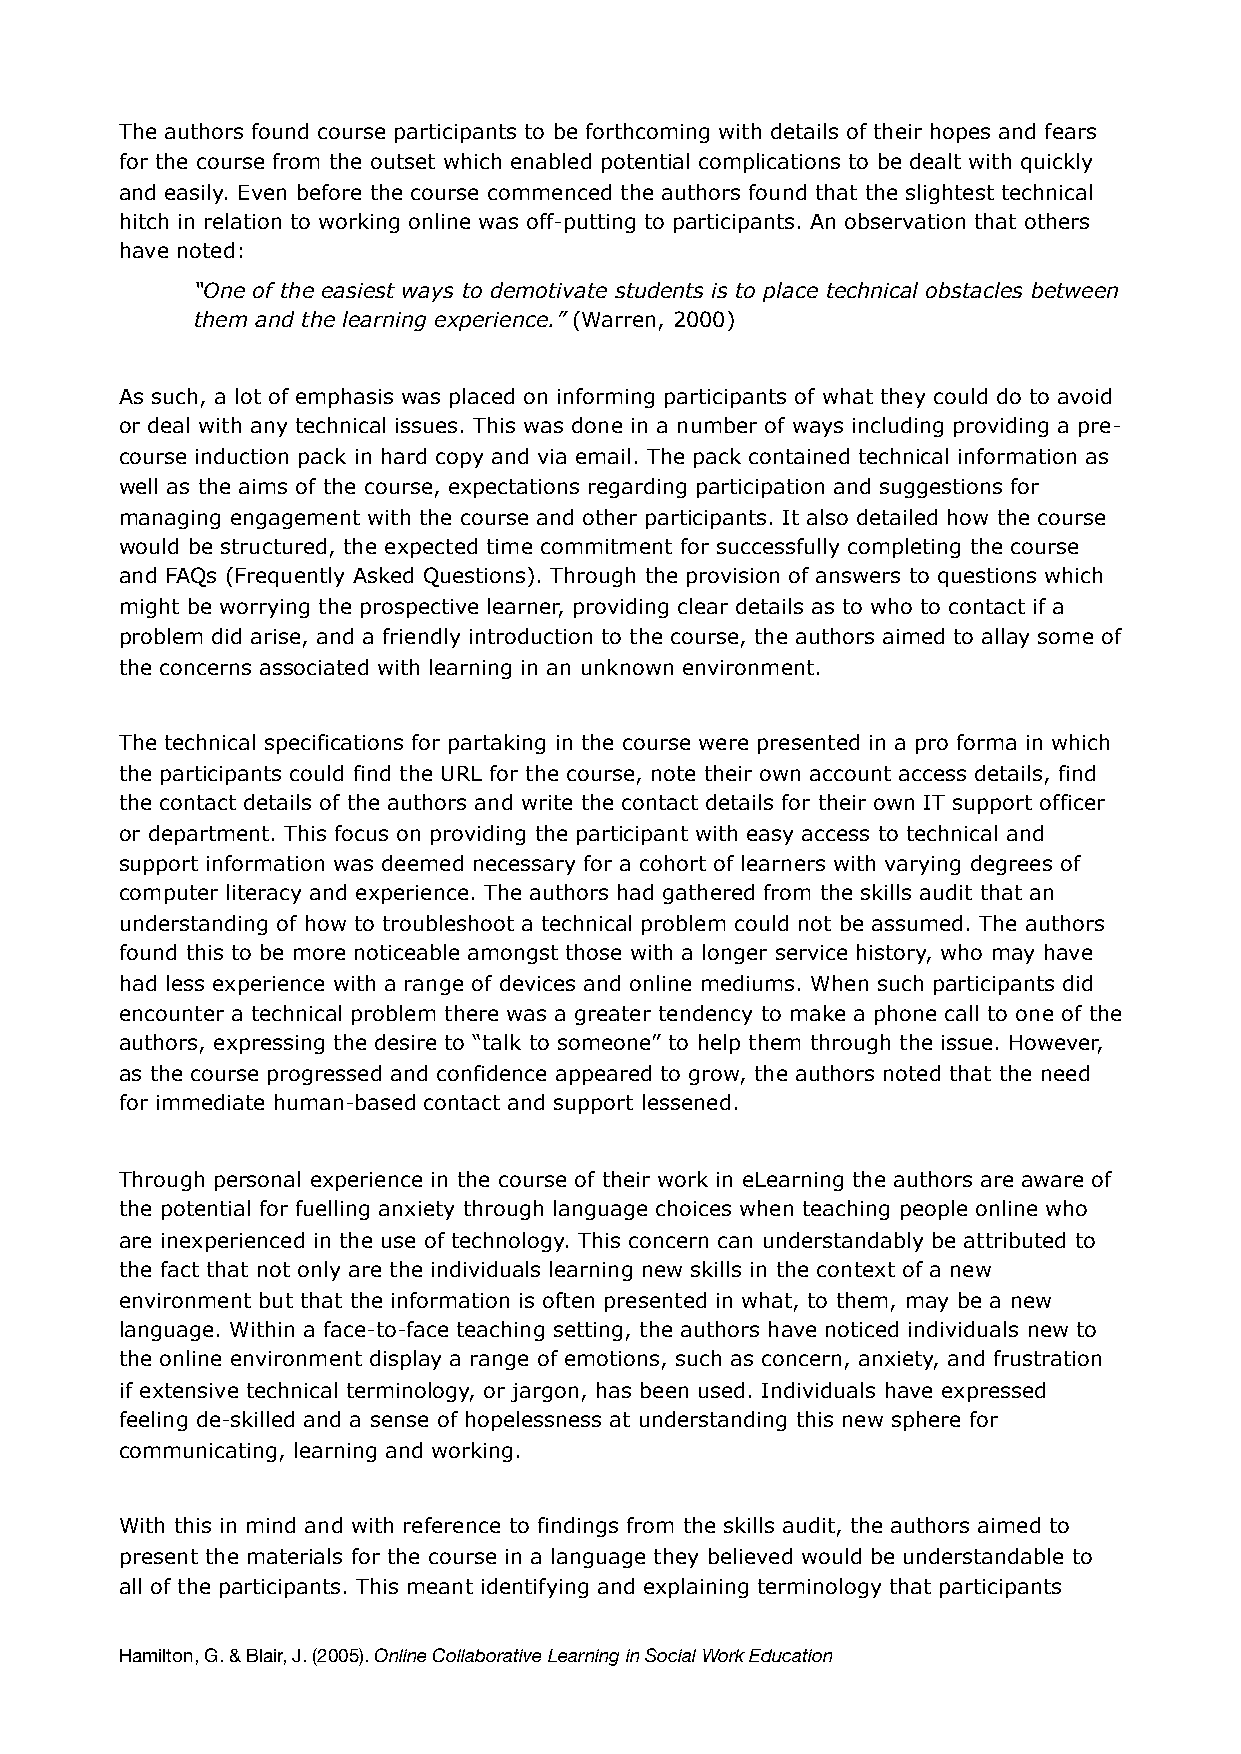
The authors found course participants to be forthcoming with details of their hopes and fears
 for the course from the outset which enabled potential complications to be dealt with quickly
 and easily. Even before the course commenced the authors found that the slightest technical
 hitch in relation to working online was off-putting to participants. An observation that others
 have noted:
 “One of the easiest ways to demotivate students is to place technical obstacles between
 them and the learning experience.” (Warren, 2000)
 As such, a lot of emphasis was placed on informing participants of what they could do to avoid
 or deal with any technical issues. This was done in a number of ways including providing a pre-
 course induction pack in hard copy and via email. The pack contained technical information as
 well as the aims of the course, expectations regarding participation and suggestions for
 managing engagement with the course and other participants. It also detailed how the course
 would be structured, the expected time commitment for successfully completing the course
 and FAQs (Frequently Asked Questions). Through the provision of answers to questions which
 might be worrying the prospective learner, providing clear details as to who to contact if a
 problem did arise, and a friendly introduction to the course, the authors aimed to allay some of
 the concerns associated with learning in an unknown environment.
 The technical specifications for partaking in the course were presented in a pro forma in which
 the participants could find the URL for the course, note their own account access details, find
 the contact details of the authors and write the contact details for their own IT support officer
 or department. This focus on providing the participant with easy access to technical and
 support information was deemed necessary for a cohort of learners with varying degrees of
 computer literacy and experience. The authors had gathered from the skills audit that an
 understanding of how to troubleshoot a technical problem could not be assumed. The authors
 found this to be more noticeable amongst those with a longer service history, who may have
 had less experience with a range of devices and online mediums. When such participants did
 encounter a technical problem there was a greater tendency to make a phone call to one of the
 authors, expressing the desire to “talk to someone” to help them through the issue. However,
 as the course progressed and confidence appeared to grow, the authors noted that the need
 for immediate human-based contact and support lessened.
 Through personal experience in the course of their work in eLearning the authors are aware of
 the potential for fuelling anxiety through language choices when teaching people online who
 are inexperienced in the use of technology. This concern can understandably be attributed to
 the fact that not only are the individuals learning new skills in the context of a new
 environment but that the information is often presented in what, to them, may be a new
 language. Within a face-to-face teaching setting, the authors have noticed individuals new to
 the online environment display a range of emotions, such as concern, anxiety, and frustration
 if extensive technical terminology, or jargon, has been used. Individuals have expressed
 feeling de-skilled and a sense of hopelessness at understanding this new sphere for
 communicating, learning and working.
 With this in mind and with reference to findings from the skills audit, the authors aimed to
 present the materials for the course in a language they believed would be understandable to
 all of the participants. This meant identifying and explaining terminology that participants
 Hamilton, G. & Blair, J. (2005). Online Collaborative Learning in Social Work Education